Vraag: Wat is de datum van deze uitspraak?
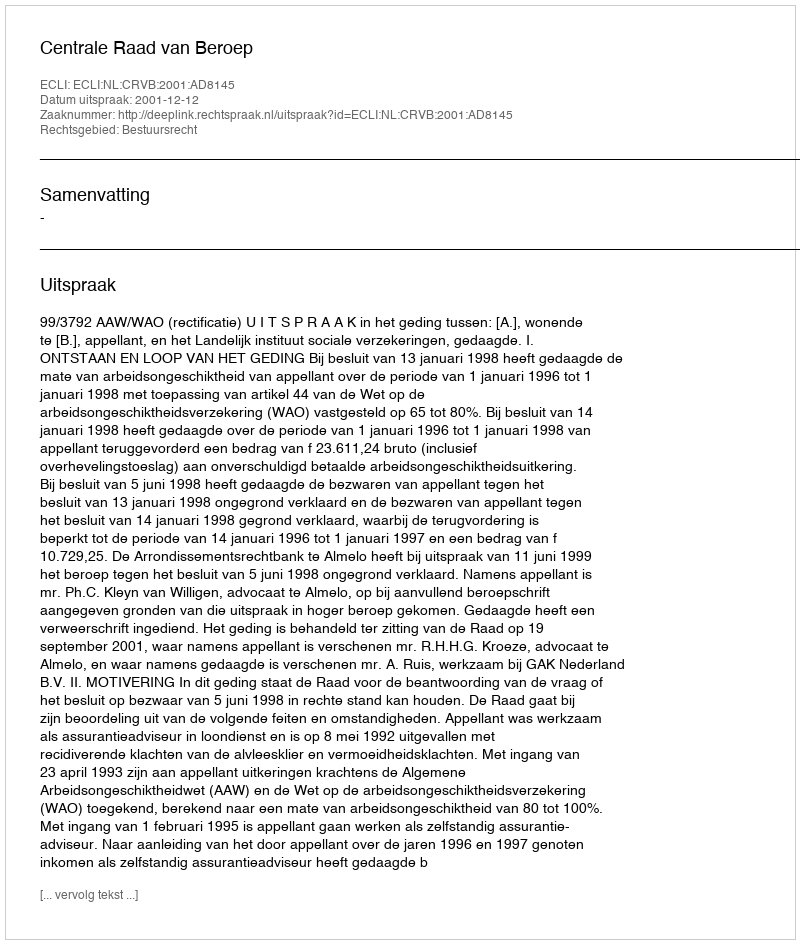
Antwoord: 2001-12-12